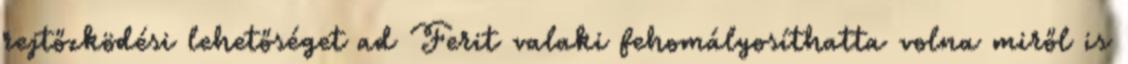
rejtőzködési lehetőséget ad Ferit valaki fehomályosíthatta volna miről is